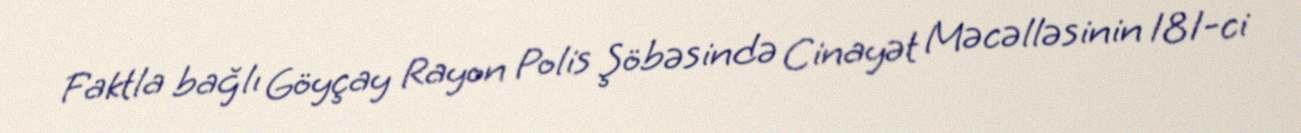
Faktla bağlı Göyçay Rayon Polis Şöbəsində Cinayət Məcəlləsinin 181-ci